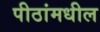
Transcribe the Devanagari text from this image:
पीठांमधील